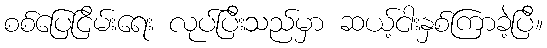
စစ်ပြေငြိမ်းရေး လုပ်ပြီးသည်မှာ ဆယ့်ငါးနှစ်ကြာခဲ့ပြီ။